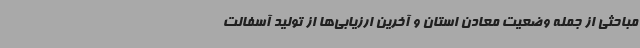
مباحثی از جمله وضعیت معادن استان و آخرین ارزیابی‌ها از تولید آسفالت